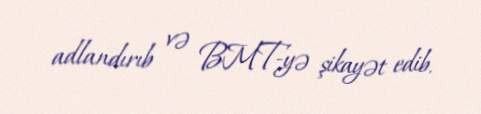
adlandırıb və BMT-yə şikayət edib.